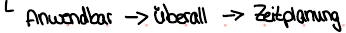
Anwendbar -> überall -> Zeitplanung